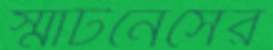
স্মার্টনেসের